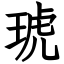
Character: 琥